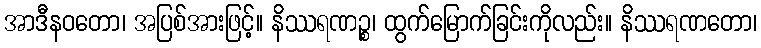
အာဒီနဝတော၊ အပြစ်အားဖြင့်။ နိဿရဏဉ္စ၊ ထွက်မြောက်ခြင်းကိုလည်း။ နိဿရဏတော၊